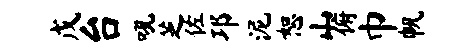
戊台吼芝佐邛泥恕山俯巾帆